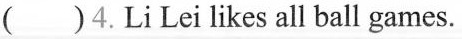
( ) 4. Li Lei likes all ball games.